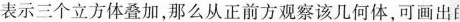
表示三个立方体叠加，那么从正前方观察该几何体，可画出的